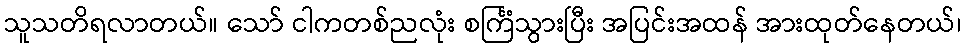
သူသတိရလာတယ်။ သော် ငါကတစ်ညလုံး စင်္ကြံသွားပြီး အပြင်းအထန် အားထုတ်နေတယ်၊